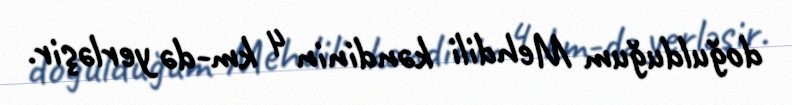
doğulduğum Mehdili kəndinin 4 km-də yerləşir.